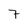
Character: 7